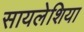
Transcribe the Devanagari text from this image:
सायलेशिया